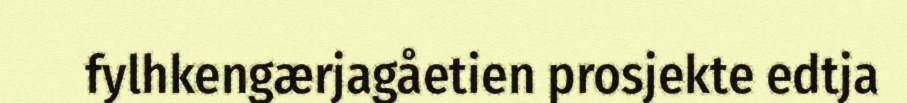
fylhkengærjagåetien prosjekte edtja